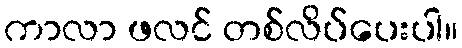
ကာလာ ဖလင် တစ်လိပ်ပေးပါ။